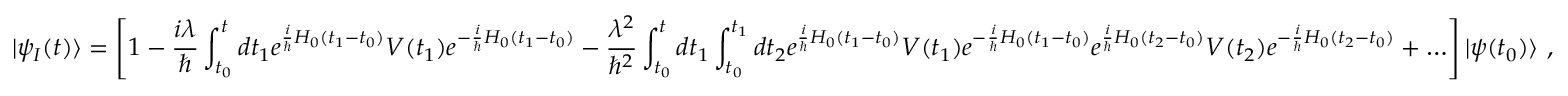
| \psi _ { I } ( t ) \rangle = \left[ 1 - { \frac { i \lambda } { \hbar } } \int _ { t _ { 0 } } ^ { t } d t _ { 1 } e ^ { { \frac { i } { \hbar } } H _ { 0 } ( t _ { 1 } - t _ { 0 } ) } V ( t _ { 1 } ) e ^ { - { \frac { i } { \hbar } } H _ { 0 } ( t _ { 1 } - t _ { 0 } ) } - { \frac { \lambda ^ { 2 } } { \hbar ^ { 2 } } } \int _ { t _ { 0 } } ^ { t } d t _ { 1 } \int _ { t _ { 0 } } ^ { t _ { 1 } } d t _ { 2 } e ^ { { \frac { i } { \hbar } } H _ { 0 } ( t _ { 1 } - t _ { 0 } ) } V ( t _ { 1 } ) e ^ { - { \frac { i } { \hbar } } H _ { 0 } ( t _ { 1 } - t _ { 0 } ) } e ^ { { \frac { i } { \hbar } } H _ { 0 } ( t _ { 2 } - t _ { 0 } ) } V ( t _ { 2 } ) e ^ { - { \frac { i } { \hbar } } H _ { 0 } ( t _ { 2 } - t _ { 0 } ) } + \ldots \right] | \psi ( t _ { 0 } ) \rangle ~ ,